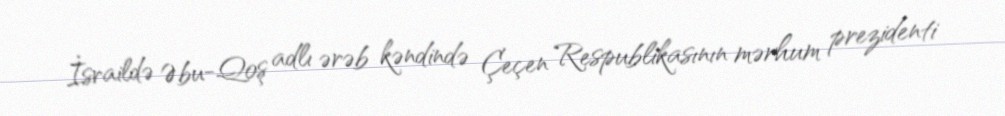
İsraildə Əbu-Qoş adlı ərəb kəndində Çeçen Respublikasının mərhum prezidenti